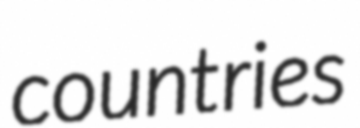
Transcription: countries